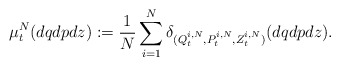
\begin{align*}\mu^N_t(dqdpdz):=\frac{1}{N}\sum_{i=1}^N \delta_{(Q^{i,N}_t,P^{i,N}_t,Z^{i,N}_t)}(dqdpdz).\end{align*}